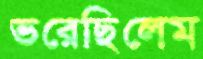
ভরেছিলেম